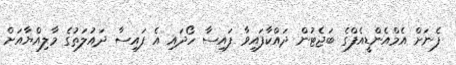
ފެނަށް އެމްއެންޑީއެފްގެ ބަޖެޓުން ދައްކާފައިވާ ފައިސާ ހޯދައި އެ ފައިސާ ދައުލަތުގެ މާލިއްޔާއަށް